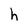
Character: h